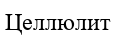
Целлюлит